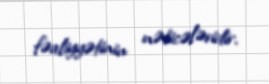
fəaliyyətinin nəticələridir.